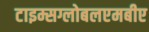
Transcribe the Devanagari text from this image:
टाइम्सग्लोबलएमबीए